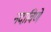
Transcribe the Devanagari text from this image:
नदाविणे